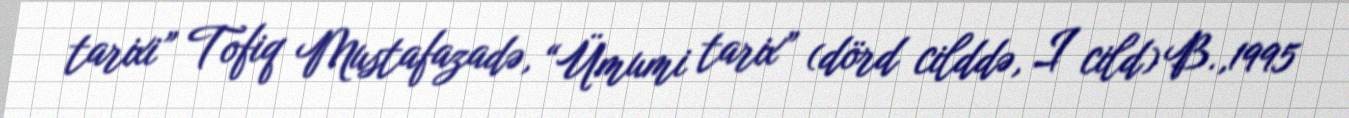
tarixi” Tofiq Mustafazadə, “Ümumi tarix” (dörd cilddə, I cild) B.,1995